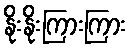
နိုးနိုးကြားကြား